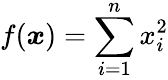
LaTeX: f({\boldsymbol{x}})=\sum_{i=1}^{n}x_{i}^{2}